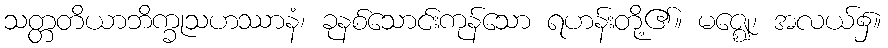
သတ္တတိယာဘိက္ခုသဟဿာနံ၊ ခုနစ်သောင်းကုန်သော ရဟန်းတို့၏။ မဇ္ဈေ၊ အလယ်၌။